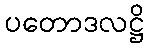
ပတောဒလဋ္ဌိ